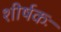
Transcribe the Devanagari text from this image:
शीर्षकः